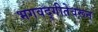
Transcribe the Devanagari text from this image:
भगवद्गीतेवरून